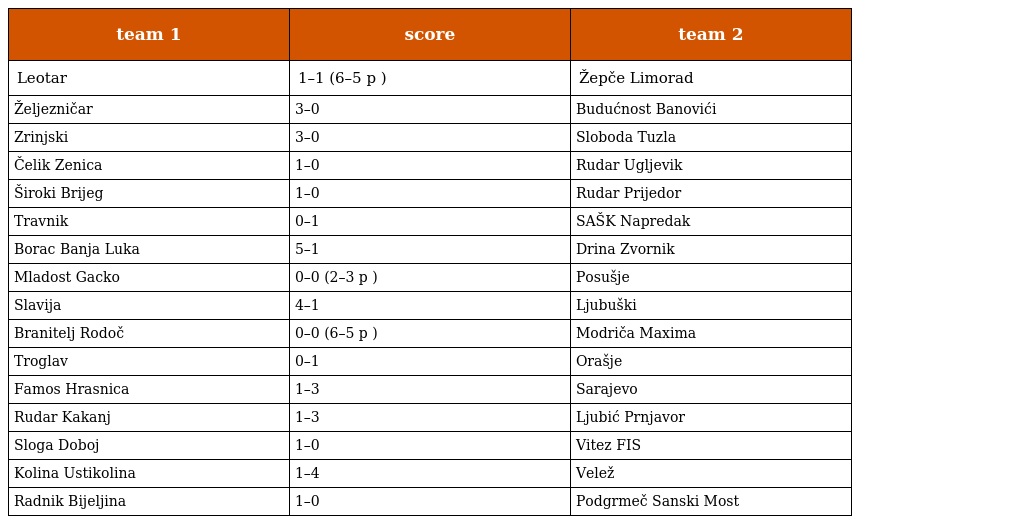
| team 1 | score | team 2 |
 | --- | --- | --- |
 | Leotar | 1–1 (6–5 p ) | Žepče Limorad |
 | Željezničar | 3–0 | Budućnost Banovići |
 | Zrinjski | 3–0 | Sloboda Tuzla |
 | Čelik Zenica | 1–0 | Rudar Ugljevik |
 | Široki Brijeg | 1–0 | Rudar Prijedor |
 | Travnik | 0–1 | SAŠK Napredak |
 | Borac Banja Luka | 5–1 | Drina Zvornik |
 | Mladost Gacko | 0–0 (2–3 p ) | Posušje |
 | Slavija | 4–1 | Ljubuški |
 | Branitelj Rodoč | 0–0 (6–5 p ) | Modriča Maxima |
 | Troglav | 0–1 | Orašje |
 | Famos Hrasnica | 1–3 | Sarajevo |
 | Rudar Kakanj | 1–3 | Ljubić Prnjavor |
 | Sloga Doboj | 1–0 | Vitez FIS |
 | Kolina Ustikolina | 1–4 | Velež |
 | Radnik Bijeljina | 1–0 | Podgrmeč Sanski Most |